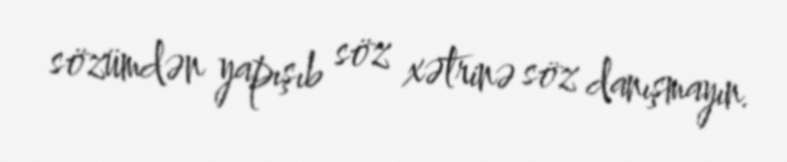
sözümdən yapışıb söz xətrinə söz danışmayın.